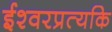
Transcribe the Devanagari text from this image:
ईश्वरप्रत्यकि